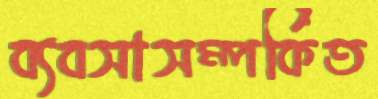
ব্যবসাসম্পর্কিত